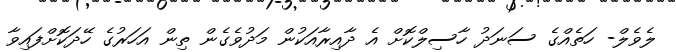
ލެވެލް- ހަތެއްގެ ސަނަދު ހާސިލްކޮށް އެ ދާއިރާއަކުން މަދުވެގެން ތިން އަހަރުގެ ހޭދަކޮށްފައިވާ